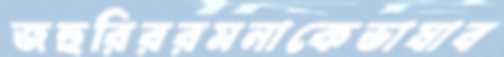
জহুরিররমনাকেভাষাব